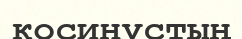
косинустың